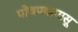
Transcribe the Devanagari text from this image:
पोचण्यापासू